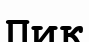
Пик